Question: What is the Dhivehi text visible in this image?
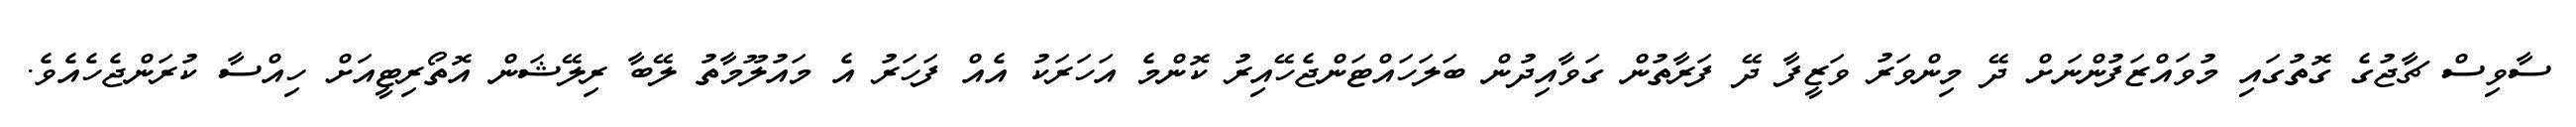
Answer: ސާވިސް ޗާޖުގެ ގޮތުގައި މުވައްޒަފުންނަށް ދޭ މިންވަރު ވަޒީފާ ދޭ ފަރާތުން ގަވާއިދުން ބަލަހައްޓަންޖެހޭއިރު ކޮންމެ އަހަރަކު އެއް ފަހަރު އެ މައުލޫމާތު ލޭބާ ރިލޭޝަން އޮތޯރިޓީއަށް ހިއްސާ ކުރަންޖެހެއެވެ.